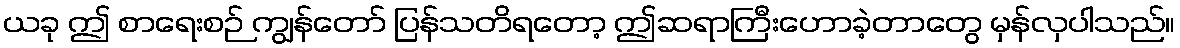
ယခု ဤ စာရေးစဉ် ကျွန်တော် ပြန်သတိရတော့ ဤဆရာကြီးဟောခဲ့တာတွေ မှန်လှပါသည်။